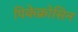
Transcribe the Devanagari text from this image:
पिकेक्रोसिन